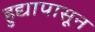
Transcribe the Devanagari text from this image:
हुद्यापासून